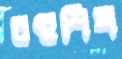
বহুশিখ